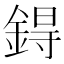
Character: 鍀